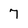
Character: 7